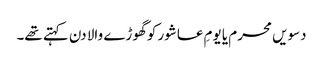
دسویں محرم یا یومِ عاشور کو گھوڑے والا دن کہتے تھے۔